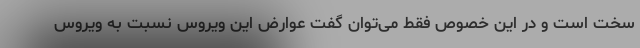
سخت است و در این خصوص فقط می‌توان گفت عوارض این ویروس نسبت به ویروس